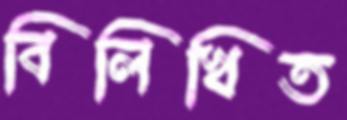
বিলিখিত